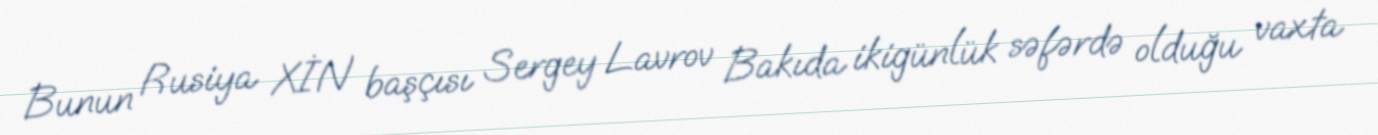
Bunun Rusiya XİN başçısı Sergey Lavrov Bakıda ikigünlük səfərdə olduğu vaxta